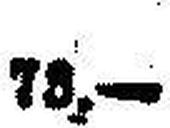
73.—